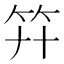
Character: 𥫲